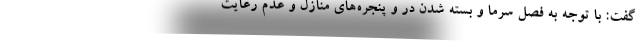
گفت: با توجه به فصل سرما و بسته شدن در و پنجره‌های منازل و عدم رعایت